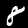
Digit: 8